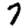
Digit: 7